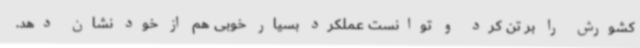
کشورش را بر تن کرد و توانست عملکرد بسیار خوبی هم از خود نشان دهد.